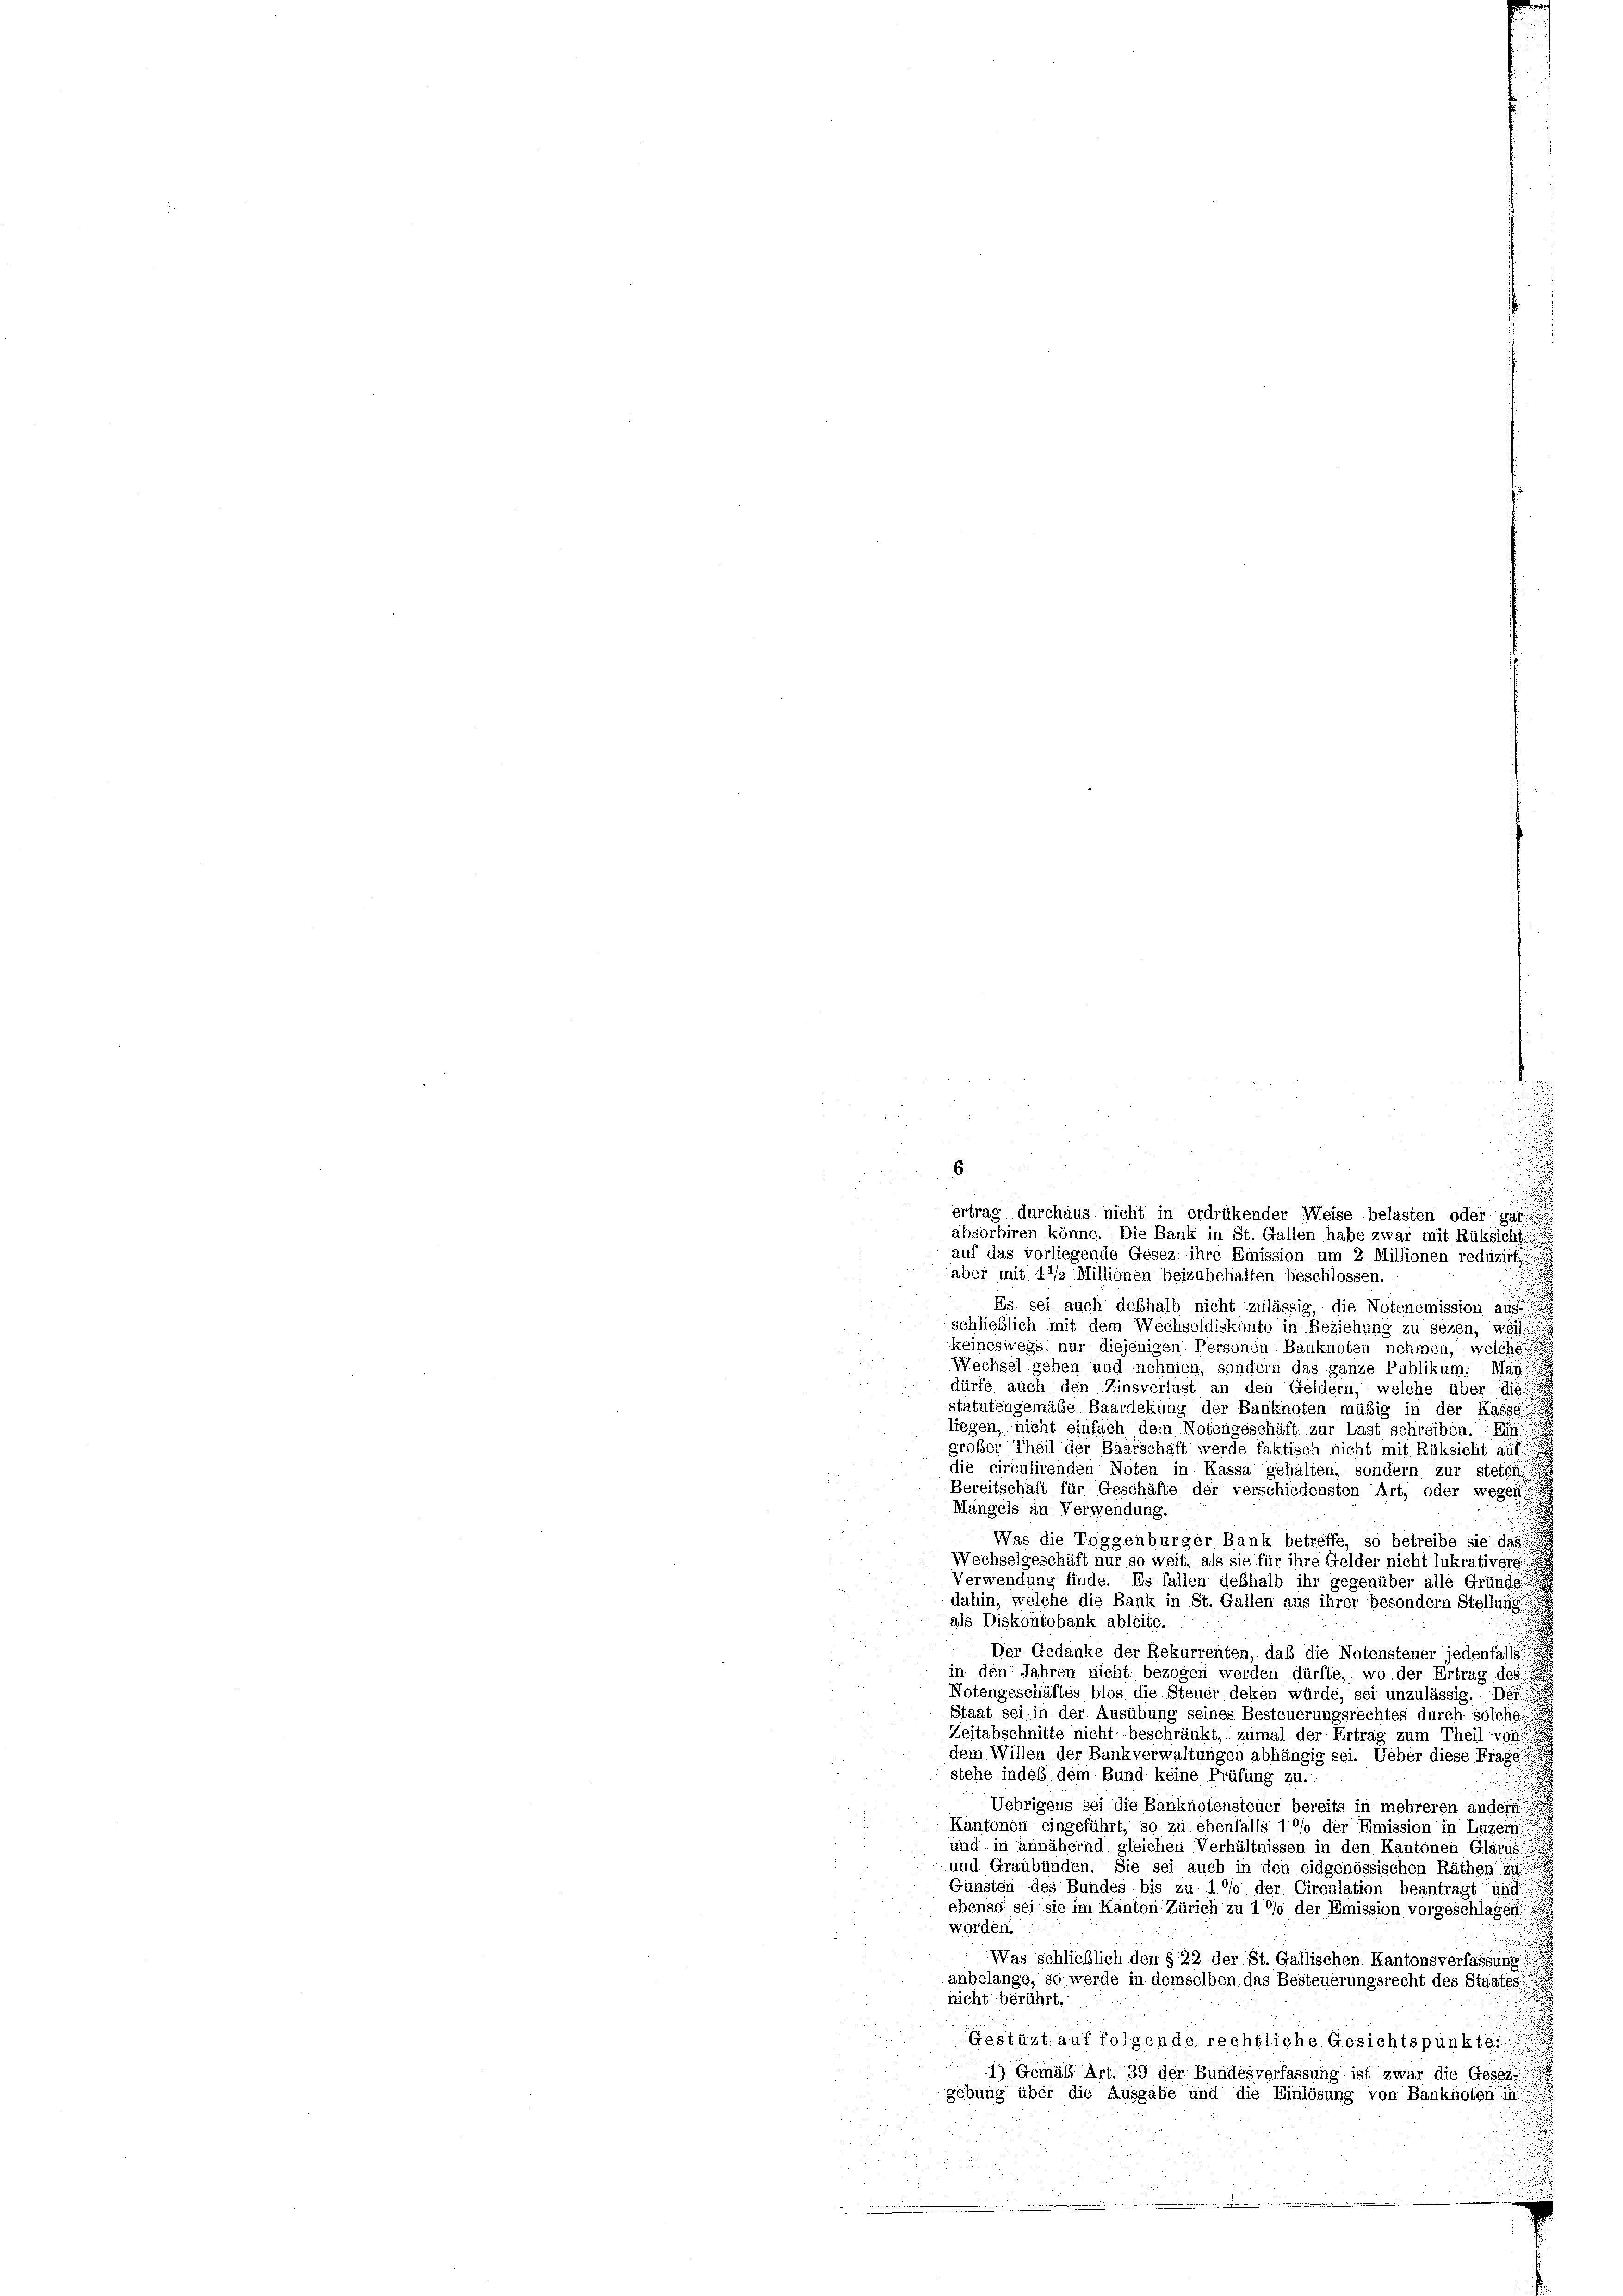
u
6.
ertrag durchaus nicht in erdrükender Weise belasten oder gar
absorbiren könne. Die Bank in St. Gallen habe zwar mit Rüksicht
auf das vorliegende Gesez ihre Emission um 2. Millionen reduzirt
aber mit 4 1/2 Millionen beizubehalten beschlossen.

Es sei auch deßhalb nicht zulässig, die Notenémission aus
schließlich mit dem Wechseldiskonto in Beziehung zu sezen, weil
keineswegs nur diejenigen Personen Banknoten nehmen, welche
Wechsel geben und nehmen, sondern das ganze Publikum. Man
dürfe auch den Zinsverlust an den Geldern, welche über die
statutengemäße Baardekung der Banknoten müßig in der Kasse
liegen, nicht einfach dem Notengeschäft zur Last schreiben. Ein
großer Theil der Baarschaft werde faktisch nicht mit Rüksicht auf
die circulirenden Noten in Kassa gehalten, sondern zur steten.
Bereitschaft für Geschäfte der verschiedensten Art, oder wegen
Mangels an Verwendung.
Was die Toggenburger Bank betreffe, so betreibe sie das
Wechselgeschäft nur so weit, als sie für ihre Gelder nicht lukrativers
Verwendung finde. Es fallen deshalb ihr gegenüber alle Gründe
dahin, welche die Bank in St. Gallen aus ihrer besondern Stellung
als Diskontobank ableite.
¬
Der Gedanke der Rekurrenten, daß die Notensteuer jedenfalls
in den Jahren nicht bezogen werden dürfte, wo der Ertrag des
Notengeschäftes blos die Steuer deken würde, sei unzulässig. Der
Staat sei in der Ausübung seines Besteuerungsrechtes durch solche
Zeitabschnitte nicht beschränkt, zumal der Ertrag zum Theil von
dem Willen der Bankverwaltungen abhängig sei. Ueber diese Frage
stehe indeß dem Bund keine Prüfung zu.
.
Uebrigens sei die Banknotensteuer bereits in mehreren andern
Kantonen eingeführt, so zu ebenfalls 10% der Emission in Luzern
und in annähernd gleichen Verhältnissen in den Kantonen Glarus,
und Graubünden. Sie sei auch in den eidgenössischen Räthen zu
Gunsten des Bundes bis zu 10% der Circulation beantragt und
ebenso sei sie im Kanton Zürich zu 10% der Emission vorgeschlagen
worden.

Was schlieblich den § 22 der St. Gallischen Kantonsverfassung!!!!!
anbelange, so werde in demselben das Besteuerungsrecht des Staates
nicht berührt.
Gestüzt auf folgende rechtliche Gesichtspunkte:
1) Gemäß Art. 39 der Bundesverfassung ist zwar die Gesetz
gebung über die Ausgabe und die Einlösung von Banknoten in

u